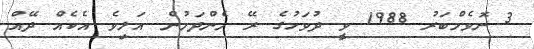
3 ނޮވެމްބަރު 1988 ވީ ދުވަހުގެ ރޭ މެންދަމުން އަލިވެ އެކެއް ދޭއް